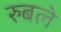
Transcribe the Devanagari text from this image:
रुबले